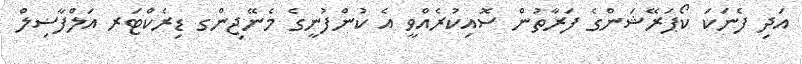
އަދި ފެނަކަ ކޯޕަރޭޝަންގެ ފަރާތުން ސޮއިކުރެއްވީ އެ ކުންފުނީގެ މެނޭޖިންގ ޑިރެކްޓަރ އަލްފާޟިލް